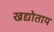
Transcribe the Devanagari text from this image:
खद्योताय